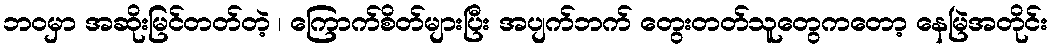
ဘဝမှာ အဆိုးမြင်တတ်တဲ့ ၊ ကြောက်စိတ်များပြီး အပျက်ဘက် တွေးတတ်သူတွေကတော့ နေမြဲအတိုင်း